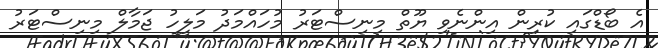
އެ ބޯޑްގައި ކުރިން އިންނެވި ޔޫތް މިނިސްޓަރު މުހައްމަދު މަލީހު ޖަމާލް މިނިސްޓަރު